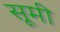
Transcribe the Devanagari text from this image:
सूमी